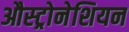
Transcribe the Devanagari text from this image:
औस्ट्रोनेशियन